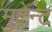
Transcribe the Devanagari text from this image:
मुटेन्ट